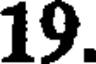
19.